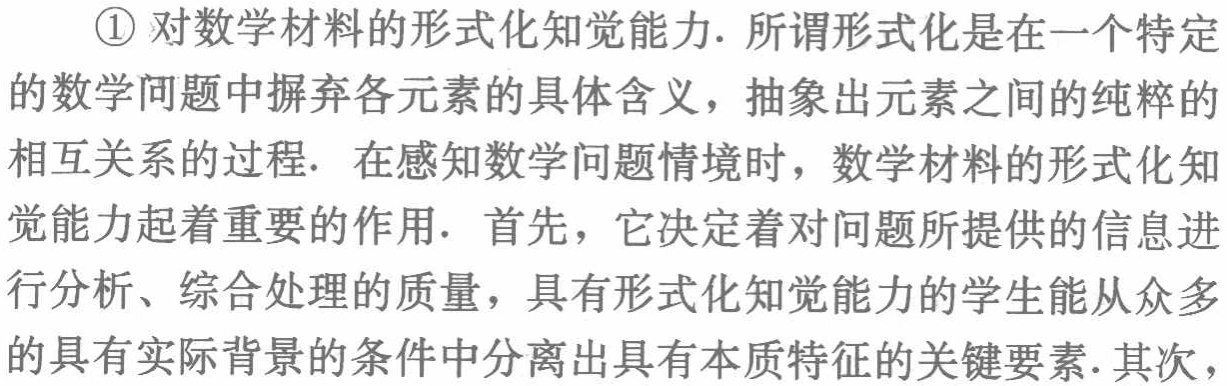
\textcircled{1} 对数学材料的形式化知觉能力. 所谓形式化是在一个特定

的数学问题中摒弃各元素的具体含义，抽象出元素之间的纯粹的

相互关系的过程. 在感知数学问题情境时，数学材料的形式化知

觉能力起着重要的作用. 首先，它决定着对问题所提供的信息进

行分析、综合处理的质量，具有形式化知觉能力的学生能从众多

的具有实际背景的条件中分离出具有本质特征的关键要素. 其次，